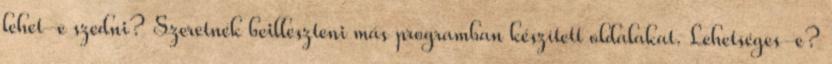
lehet-e szedni? Szeretnék beilleszteni más programban készített oldalakat. Lehetséges-e?